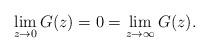
LaTeX: \begin{gather*}\lim_{z\rightarrow 0 } G(z) = 0 = \lim_{z\rightarrow \infty } G(z).\end{gather*}